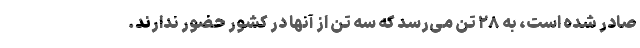
صادر شده است، به ۲۸ تن می‌رسد که سه تن از آنها در کشور حضور ندارند.